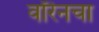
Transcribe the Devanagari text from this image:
वॉरेनचा